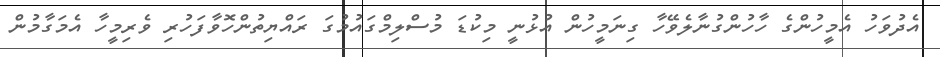
އެދުވަހު އެމީހުންގެ ހާހުންގުނާލެވޭހާ ގިނަމީހުން އުޅުނީ މިކުޑަ މުސްލިމްގައުމުގަ ރައްޔިތުންހޮވާފަހުރި ވެރިމީހާ އެމަގާމުން